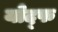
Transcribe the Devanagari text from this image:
योद्फ